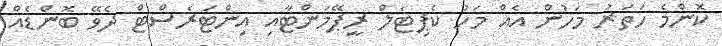
ކޮންމެ ހަތަރު މަހުން އެއް މަހު ކެޕިޓަލް ރީޕޭމަންޓާއި އިންޓަރެސްޓް ދެވޭ ބޮންޑެއް